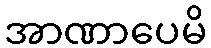
အာဏာပေမိ